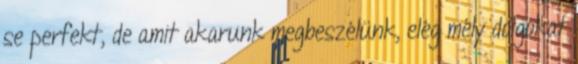
se perfekt, de amit akarunk megbeszélünk, elég mély dolgokat